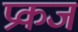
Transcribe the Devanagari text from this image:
प्रकज